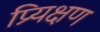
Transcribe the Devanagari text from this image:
प्र्यिक्षण